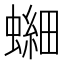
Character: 𫋘